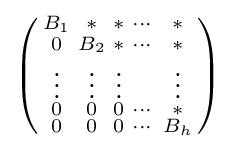
\left({\begin{smallmatrix}B_{1}&*&*&\cdots &*\\0&B_{2}&*&\cdots &*\\\vdots &\vdots &\vdots &&\vdots \\0&0&0&\cdots &*\\0&0&0&\cdots &B_{h}\end{smallmatrix}}\right)